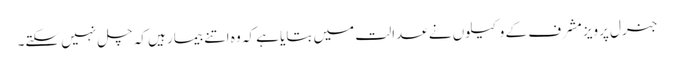
جنرل پرویز مشرف کے وکیلوں نے عدالت میں بتایا ہے کہ وہ اتنے بیمار ہیں کہ چل نہیں سکتے۔